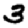
Digit: 3